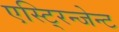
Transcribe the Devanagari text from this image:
एस्टि्रन्जेन्ट